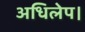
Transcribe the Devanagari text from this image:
अधिलेप।